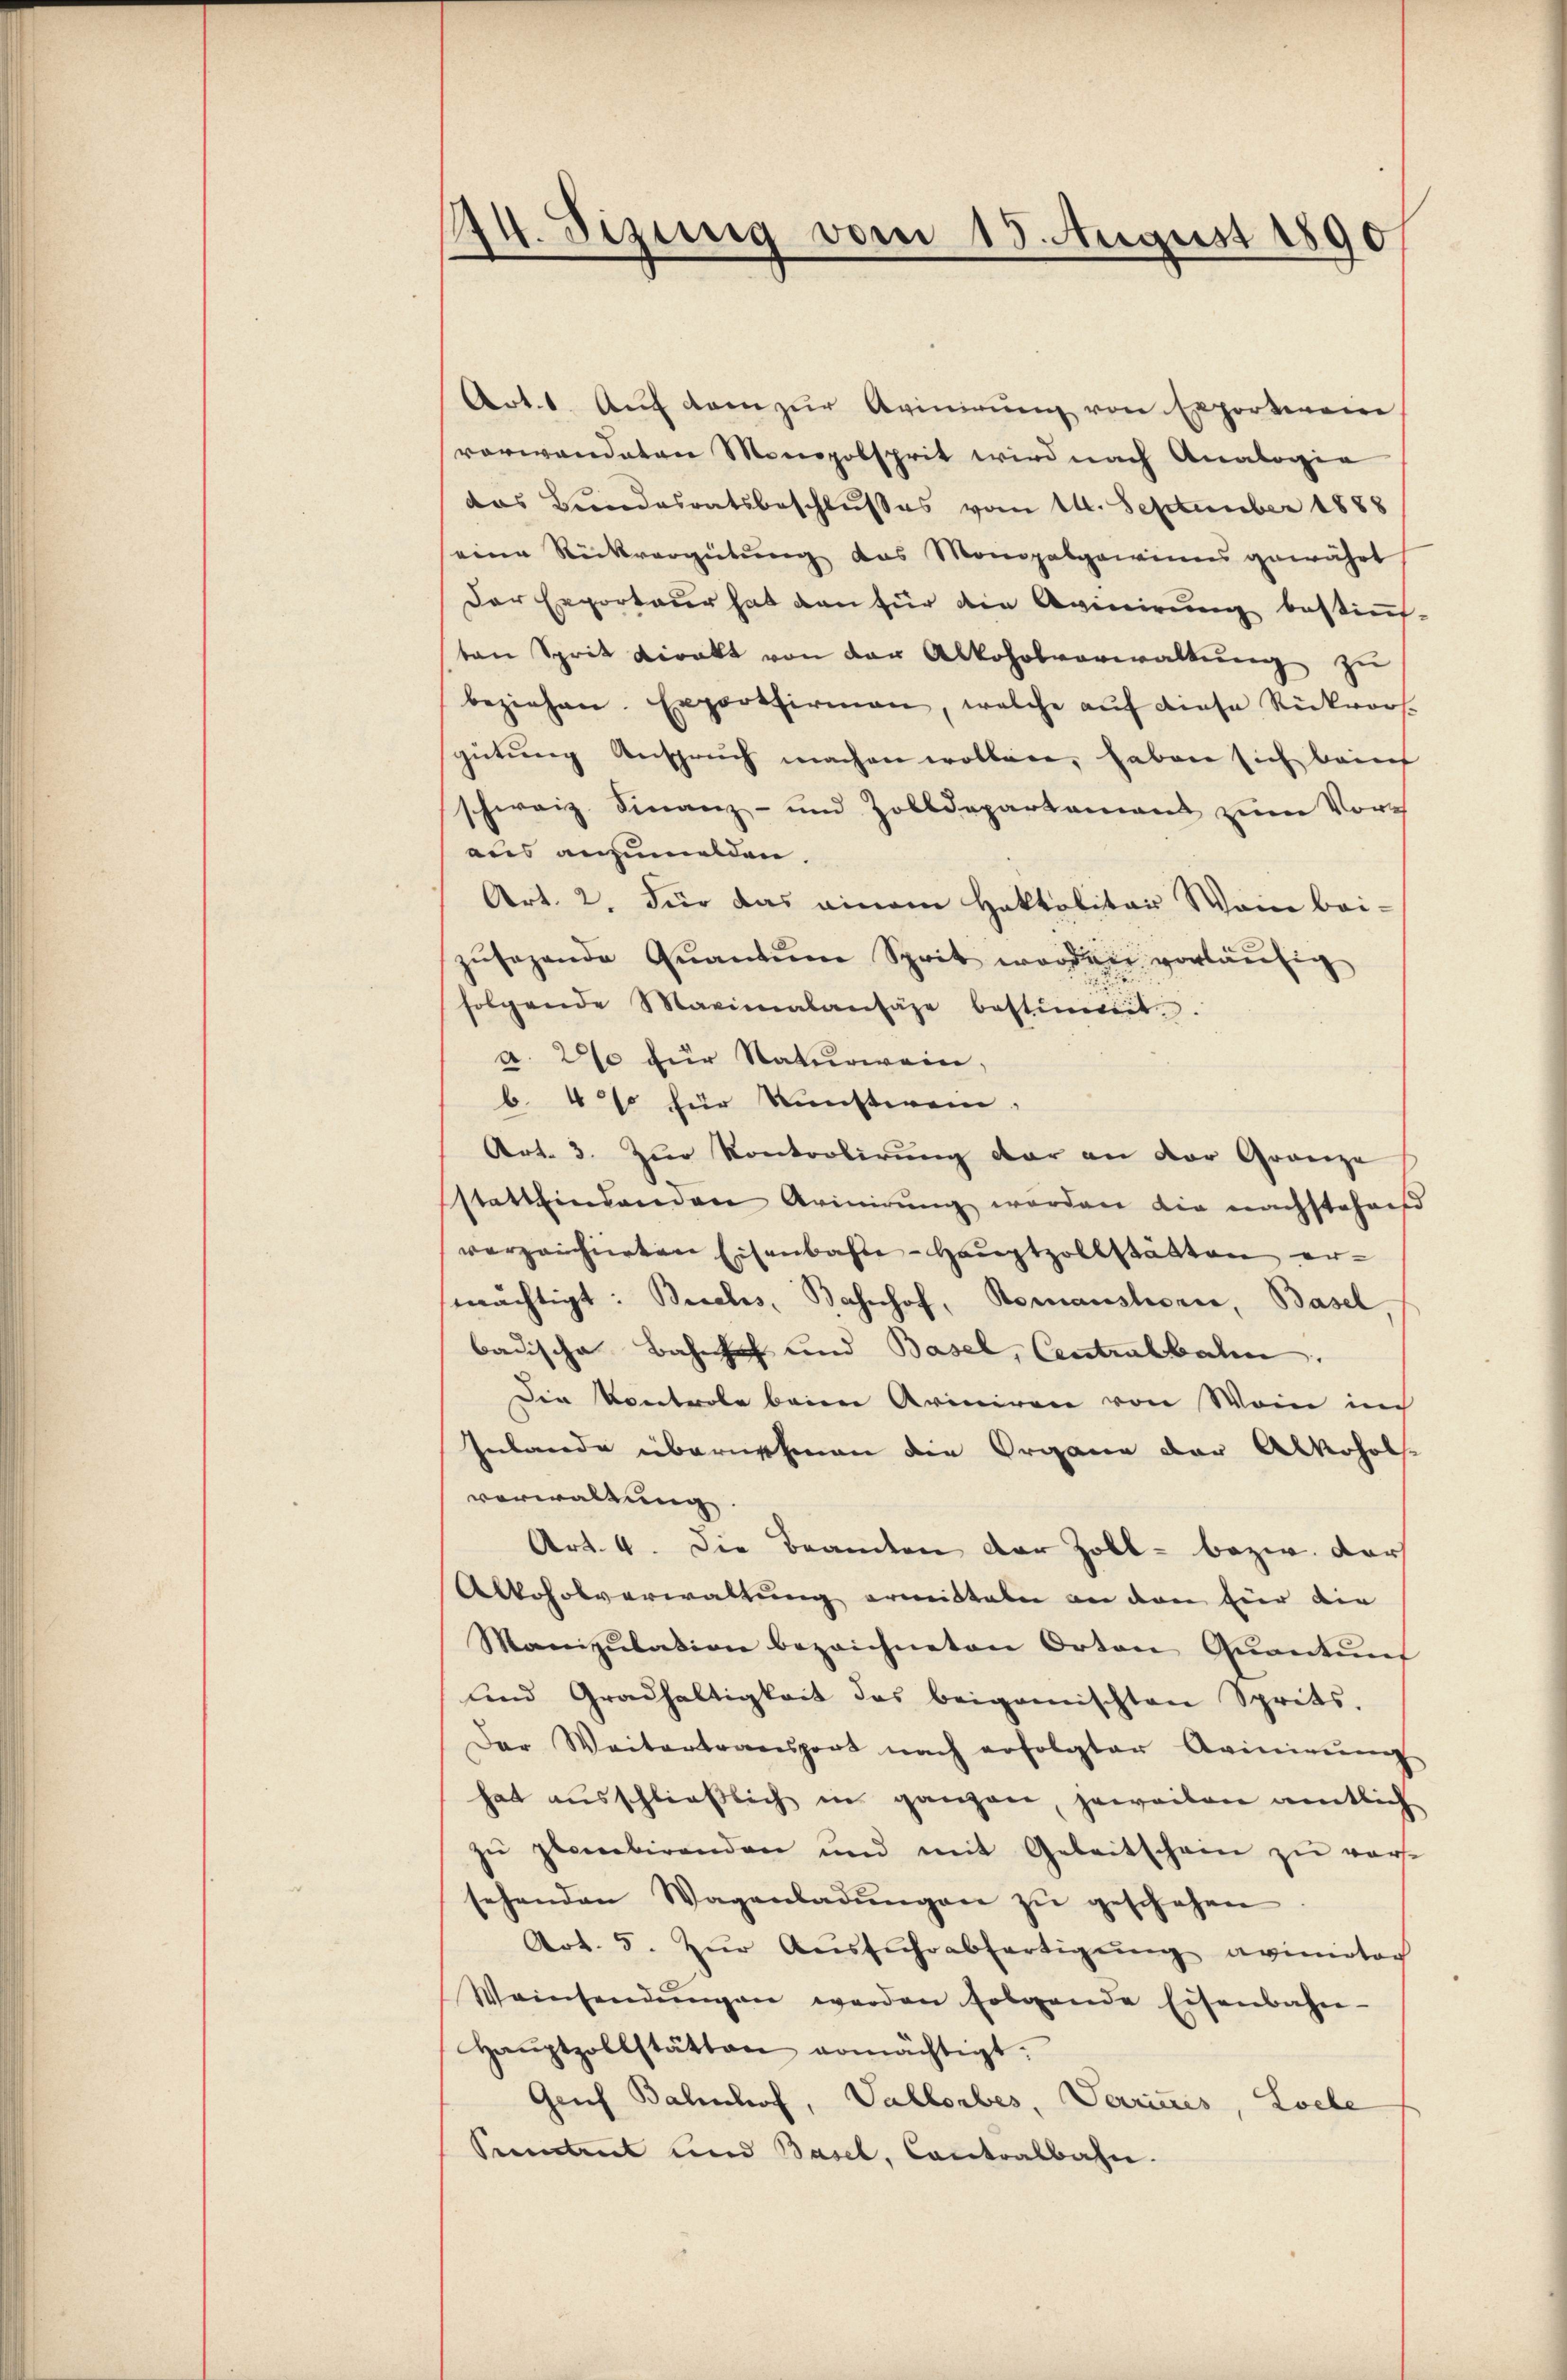
44. Sizung vom 15. August 1890

Art. 1. Aŭf den zŭr Avinirung von Exportiren
vorwandaten Monopolsprit wird nach Analogie
das Bundesratsbeschlußes vom 14. September 1888
eine Rückvergütung das Monopabgewinns gewährt
Der Erporteur hat dan für die Avinirung bestim-
ten Sprit Direkt von der Alkoholverwaltŭng zu
beziehen. Exportfirmann, welche aŭf diese Rückvors-
gütŭng Anspruch machen wollen, haben sich beins
schweiz. Finanz- und Zolldepartament zŭm Vors
aus anzumelden.
Art. 2. Für das einem Haktalitär Wein bei-
zŭsehende Qŭantŭm Sprit worden vorläŭfig
folgende Maximalantäge bestimmt.
a. 200 für Naturwein,
b. 4 % für Kunstwei
Art. 3. Zŭr Kontrolirŭng dar an der Gränze
stattfindenden Arinirŭng werden die nachstehend
vorzeichneten Eisenbahne - Hauptzollstätten er-
mächtigt: Besches, Bahnhof, Romanstorie, Basel
badische Bahnhof und Basel, Centralbahn.
Die Kontrole beim Ariniren von Wein in
Inlande übernehmen die Organe der Alkoholvorwaltung.
Art. 4. Die Beamten der Zoll- bezw. dar
Alkoholverwaltung ermitteln an den hier die
Manizŭlation bezeichneten Orten Quantunf
und Gradhaltigkeit des beigemischten Sprits.
Der Weitertransport nach erfolgter Avinigŭng
hat ausschließlich in ganzen, jeweiben amtlich
zŭ plabirenden und mit Geleitschein zŭ ver-
sehenden Wagenladŭngen zŭ geschehen
Art. 5. Zŭr Aŭsführabfertigŭng avimotor
Weinsendŭngen werden folgende Eisenbahn-
Haŭptzollstätten ermächtigt.
Genf Bahnhof, Vallorbes, Verzins, Loele
Seentrut und Basel, Cantralbahn.